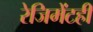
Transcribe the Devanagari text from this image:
रेजिमेंटही